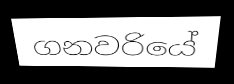
ගනවරියේ